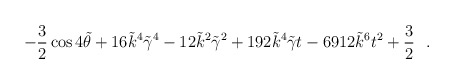
\begin{align*}-{3 \over 2}\cos{4\tilde \theta}+16\tilde k^4\tilde \gamma^4-12\tilde k^2 \tilde \gamma^2+192\tilde k^4 \tilde \gamma t-6912\tilde k^6t^2+{3 \over 2}~~.\end{align*}